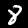
Label: 8